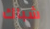
شباك